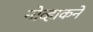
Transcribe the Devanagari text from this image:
नोव्हाकने